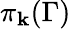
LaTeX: \mathbf{\pi}_{\mathbf{k}}(\Gamma)